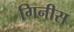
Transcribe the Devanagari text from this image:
गिनीस